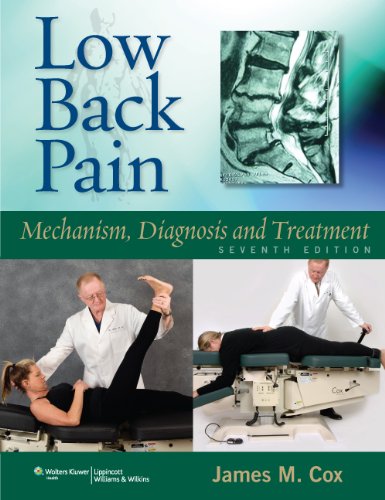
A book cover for Low Back Pain: Mechanism, Diagnosis and Treatment; James M Cox DC  DACBR; Medical Books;